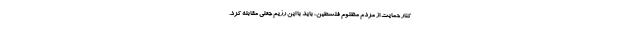
کنار حمایت از مردم مظلوم فلسطین، باید با این رژیم جعلی مقابله کرد.